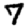
Digit: 7